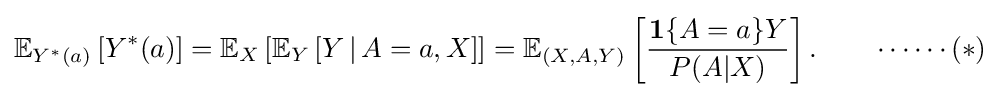
{\begin{aligned}\mathbb {E} _{Y^{*}(a)}\left[Y^{*}(a)\right]=\mathbb {E} _{X}\left[\mathbb {E} _{Y}\left[Y\,|\,A=a,X\right]\right]=\mathbb {E} _{(X,A,Y)}\left[{\frac {\mathbf {1} \{A=a\}Y}{P(A|X)}}\right].\qquad \cdots \cdots (*)\end{aligned}}